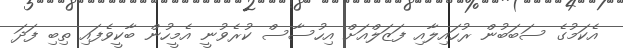
އެކަމުގެ ސަބަބުން ރުހައިލާއި ފަޒަލްއަށް އިހުސާސް ކުރެވުނީ އެމީހުން ބާކީވެފައި ތިބި ފަދަ